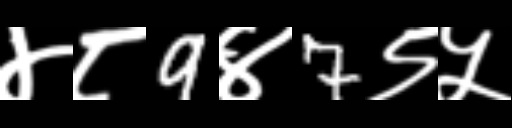
Text: ४८9४7९५